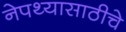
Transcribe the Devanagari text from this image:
नेपथ्यासाठीचे